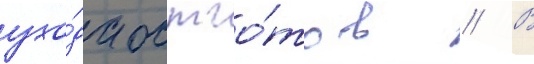
ухо́да остго́тов // В